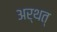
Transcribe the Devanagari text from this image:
अर्थत्